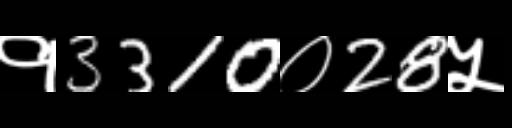
Text: १3310०28५